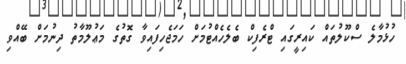
ހުޅުމާލެ ސްކޫލުތައް ކައިރީގައި ޓްރެފިކް ބެލެހެއްޓުމަށް ހަމަޖެހިފައިވާ ގޮތުގެ މަޢުލޫމާތު ދިނުމަށް ބޭއްވި